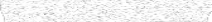
٢٥